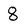
Character: 8